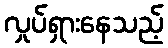
လှုပ်ရှားနေသည့်